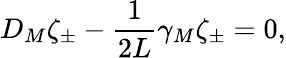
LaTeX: {D_{M}\zeta_{\pm}-{\frac{1}{2L}}\gamma_{M}\zeta_{\pm}=0,}